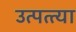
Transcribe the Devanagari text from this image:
उत्पत्त्या